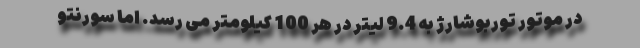
در موتور توربوشارژ به 9.4 لیتر در هر 100 کیلومتر می رسد. اما سورنتو